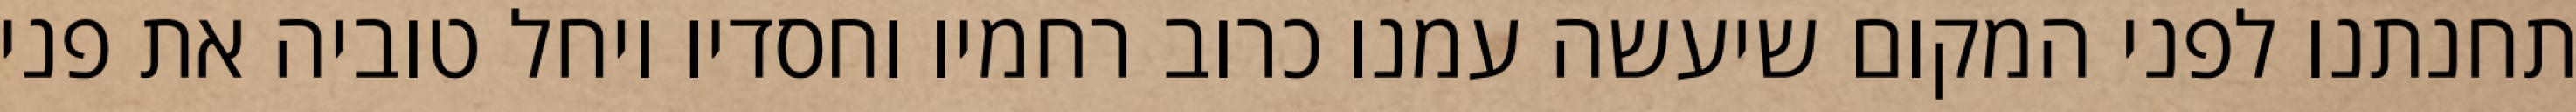
תחנתנו לפני המקום שיעשה עמנו כרוב רחמיו וחסדיו ויחל טוביה את פני